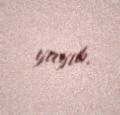
yayıb.